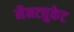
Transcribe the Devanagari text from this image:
नैनट्युकेट